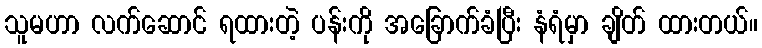
သူမဟာ လက်ဆောင် ရထားတဲ့ ပန်းကို အခြောက်ခံပြီး နံရံမှာ ချိတ် ထားတယ်။